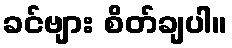
ခင်ဗျား စိတ်ချပါ။